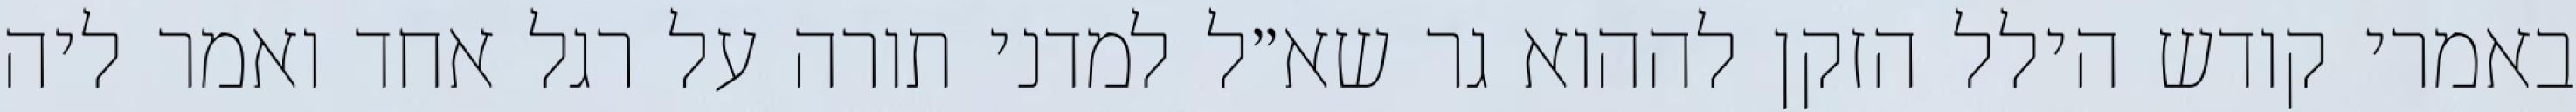
באמרי קודש הילל הזקן לההוא גר שא״ל למדני תורה על רגל אחד ואמר ליה